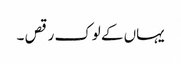
یہاں کے لوک رقص ۔